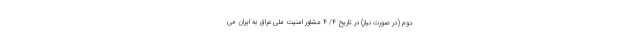
دوم (در صورت نیاز) در تاریخ ۴/ ۴ مشاور امنیت ملی عراق به ایران می